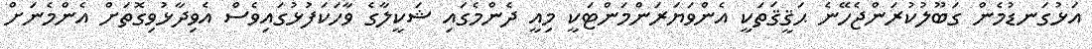
އަޅުގަނޑުމެން ގަބޫލުކުރަންޖެހޭނެ ޙަޤީޤަތަކީ އެންވަޔަރަންމަންޓަކީ މިއީ ދެންމެގައި ޝަކީލާގެ ވާހަކަފުޅުގައިވެސް އެވިދާޅުވިގޮތަށް އެންމެނަށް